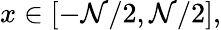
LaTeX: x\in[-\mathcal{N}/2,\mathcal{N}/2],